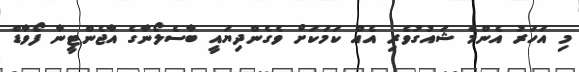
މި އަހަރު އެންމެ ޝައުގުވެރި އެއް ކަމަކަށް ވެގެންދިޔައީ ބާސެލޯނާގެ އާޖެންޓީނާ ފޯވާޑް